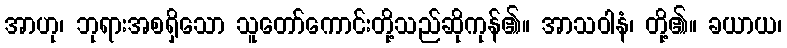
အာဟု၊ ဘုရားအစရှိသော သူတော်ကောင်းတို့သည်ဆိုကုန်၏။ အာသဝါနံ၊ တို့၏။ ခယာယ၊